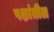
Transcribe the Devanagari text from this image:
पक्षांतील